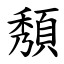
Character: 頺